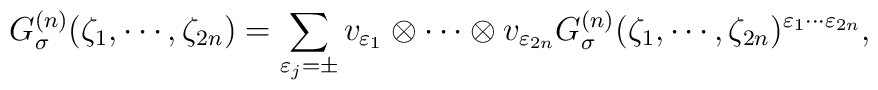
G^{(n)}_\sigma(\zeta_1,\cdots,\zeta_{2n})=\sum_{\varepsilon_j =\pm} v_{\varepsilon_1} \otimes \cdots \otimes v_{\varepsilon_{2n}} G^{(n)}_\sigma(\zeta_1,\cdots,\zeta_{2n})^{\varepsilon_1 \cdots \varepsilon_{2n}},